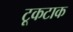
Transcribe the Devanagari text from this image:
टूकटाक